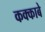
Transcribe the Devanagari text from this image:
कक्‍काबे